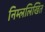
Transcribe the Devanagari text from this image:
निम्ललिखित